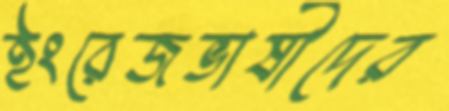
ইংরেজভাষীদের